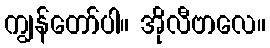
ကျွန်တော်ပါ။ အိုလီဗာလေ။